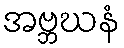
အဗ္ဘဃနံ